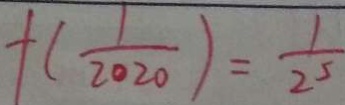
f ( \frac { 1 } { 2 0 2 0 } ) = \frac { 1 } { 2 5 }